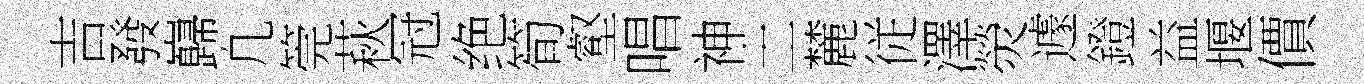
吉發巋凢筦萩冠绝筍壑唱神土麓従澤熒遽鐙益堰價